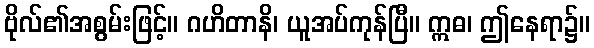
ဗိုလ်၏အစွမ်းဖြင့်။ ဂဟိတာနိ၊ ယူအပ်ကုန်ပြီ။ ဣဓ၊ ဤနေရာ၌။